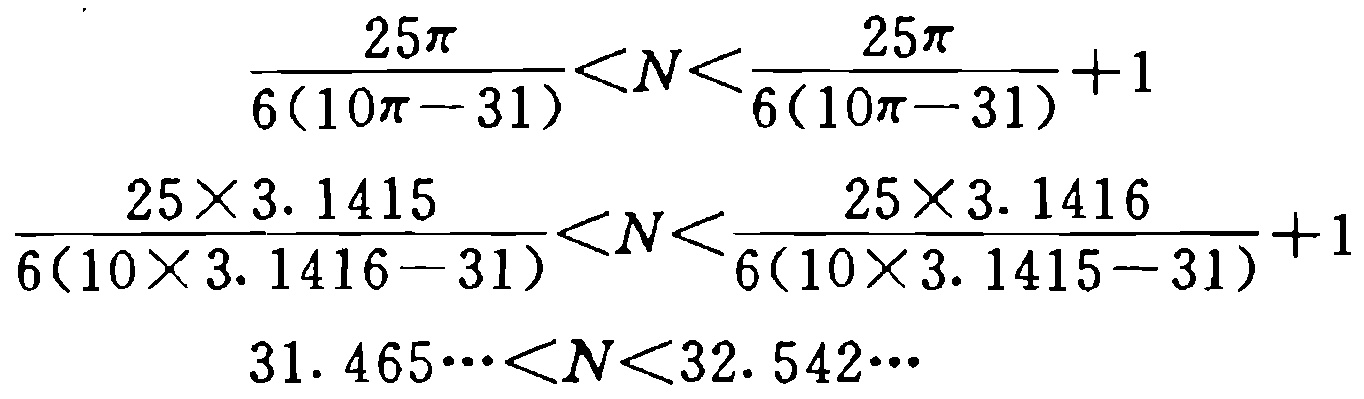
\[
\begin{align*}
\frac{25\pi}{6(10\pi - 31)}&<N<\frac{25\pi}{6(10\pi - 31)} + 1\\
\frac{25\times 3.1415}{6(10\times 3.1416 - 31)}&<N<\frac{25\times 3.1416}{6(10\times 3.1415 - 31)} + 1\\
31.465\cdots&<N<32.542\cdots
\end{align*}
\]